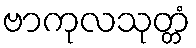
ဗာကုလသုတ္တံ